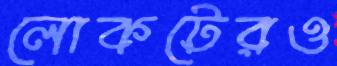
লোকটেরও